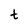
Character: t